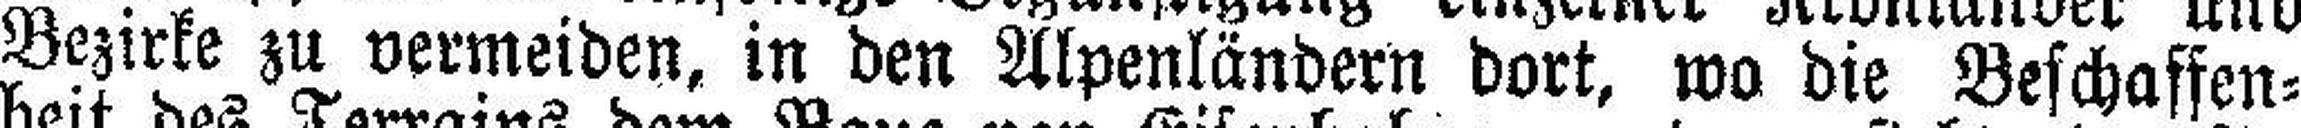
Bezirke zu vermeiden, in den Alpenländern dort, wo die Beschaffen¬